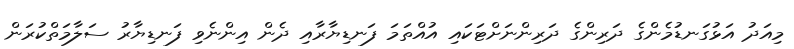
މިއަދު އަޅުގަނޑުމެންގެ ދަރިންގެ ދަރިންނަށްޓަކައި އުއްތަމަ ފަނޑިޔާރާއި ދެން އިންނެވި ފަނޑިޔާރު ސަލާމަތްކުރަން